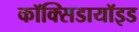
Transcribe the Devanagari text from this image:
कॉक्सिडायॉइड